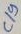
Text: C19